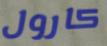
كارول